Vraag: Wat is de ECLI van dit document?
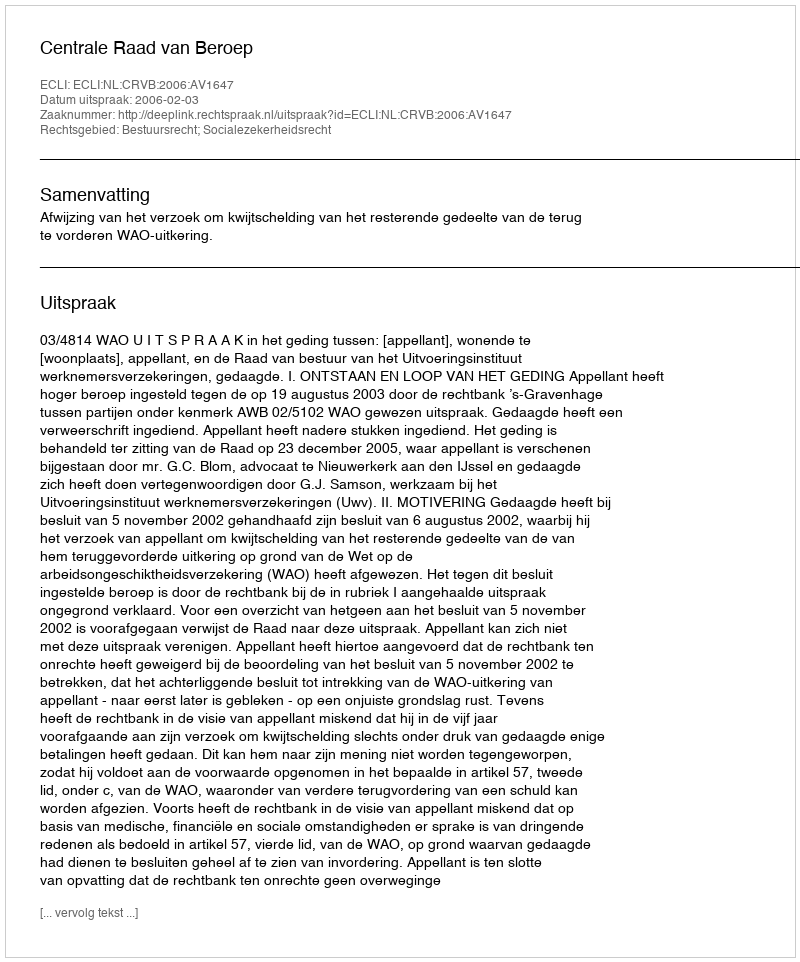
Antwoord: ECLI:NL:CRVB:2006:AV1647